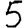
Digit: 5